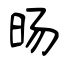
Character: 旸